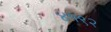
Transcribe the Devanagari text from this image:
४१९२